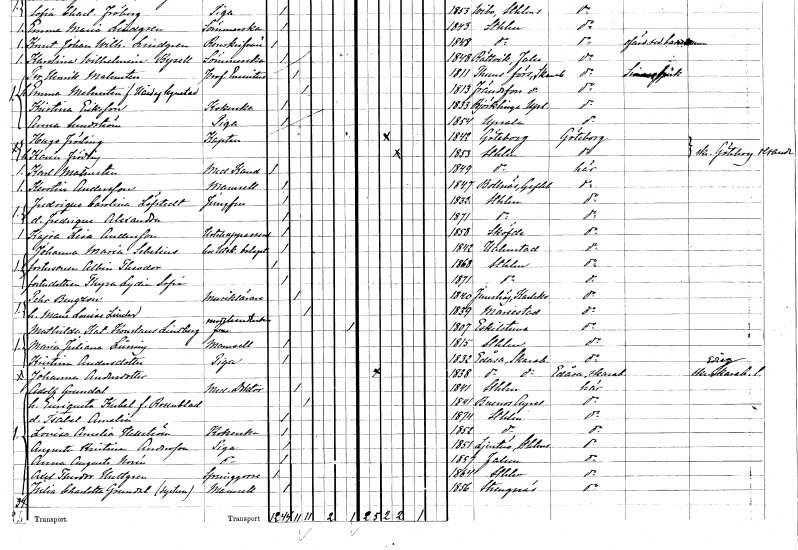
gt_parse: households: individuals: FN: Hugo
EN: Fröding
YRKE: Kapten
KON: M
CIV: G
FODAR: 1842
FODFORS: Göteborg Göteborgs- och Bohuslän
FN: Karin
EN: Fröding
KON: K
CIV: G
FODAR: 1853
FODFORS: Stockholm
FN: Karl
EN: Malmsten
YRKE: Medicine kandidat
KON: M
CIV: O
FODAR: 1849
FODFORS: Stockholm
FN: Kerstin
EN: Andersson
KON: K
CIV: O
FODAR: 1847
FODFORS: Bollnäs Gävleborgs län
FN: Fredrique Carolina
EN: Löfstedt
YRKE: Jungfru
KON: K
CIV: O
FODAR: 1832
FODFORS: Stockholm
FN: Fredrique Alexandra
KON: K
CIV: O
FODAR: 1871
FODFORS: Stockholm
FN: Kajsa Lisa
EN: Andersson
YRKE: Hotelluppasserska
KON: K
CIV: O
FODAR: 1858
FODFORS: Skövde Skaraborgs län
FN: Johanna Maria
EN: Sebelius
YRKE: Hos Utsk. Bolaget
KON: K
CIV: O
FODAR: 1842
FODFORS: Halmstad Hallands län
FN: Albin Theodor
KON: M
CIV: O
FODAR: 1868
FODFORS: Stockholm
FN: Thyra Lydia Sofia
KON: K
CIV: O
FODAR: 1871
FODFORS: Stockholm
FN: Pehr
EN: Bengzon
YRKE: Musiklärare
KON: M
CIV: G
FODAR: 1840
FODFORS: Jämshög Blekinge län
FN: Marie Louise
EN: Linder
KON: K
CIV: G
FODAR: 1839
FODFORS: Mariestad Skaraborgs län
FN: Mathilda Katarina Konstans
EN: Lindberg
YRKE: Modehandlerska
KON: K
CIV: X
FODAR: 1807
FODFORS: Eskilstuna Södermanlands län
FN: Maria Juliana
EN: Lüning
KON: K
CIV: O
FODAR: 1815
FODFORS: Stockholm
FN: Kristina
EN: Andersdotter
YRKE: Piga
KON: K
CIV: O
FODAR: 1832
FODFORS: Edåsa Skaraborgs län
FN: Johanna
EN: Andersdotter
KON: K
CIV: O
FODAR: 1838
FODFORS: Edåsa Skaraborgs län
FN: Adolf
EN: Grundal
YRKE: Medicine doktor
KON: M
CIV: G
FODAR: 1841
FODFORS: Stockholm
FN: Ensiqueta
EN: Kubel Rosenblad
KON: K
CIV: G
FODAR: 1841
FN: Isabel Amelia
KON: K
CIV: O
FODAR: 1874
FODFORS: Stockholm
FN: Lovisa Amalia
EN: Hellström
YRKE: Kokerska
KON: K
CIV: O
FODAR: 1852
FODFORS: Stockholm
FN: Augusta Kristina
EN: Andersson
YRKE: Piga
KON: K
CIV: O
FODAR: 1851
FODFORS: Ljusterö Stockholms län
FN: Anna Augusta
EN: Norén
YRKE: Piga
KON: K
CIV: O
FODAR: 1857
FODFORS: Falun Kopparbergs län
FN: Axel Theodor
EN: Hultgren
YRKE: Springgosse
KON: M
CIV: O
FODAR: 1864
FODFORS: Stockholm
FN: Julia Charlotta
EN: Grundal
KON: K
CIV: O
FODAR: 1856
FODFORS: Strängnäs Södermanlands län